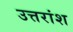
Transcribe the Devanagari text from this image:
उत्तरांश